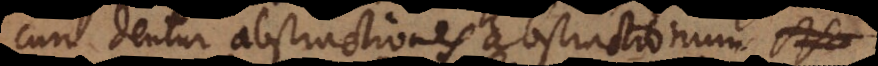
cum dentur abstractiones abstractionum.